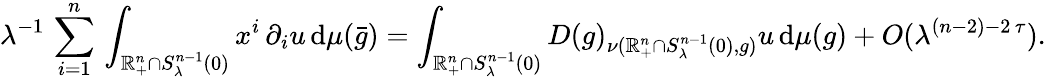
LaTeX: \lambda^{-1}\, \sum_{i=1}^{n}\, \int_{\mathbb{R}_{+}^{n}\cap S_{\lambda}^{n-1}(0)}x^{i}\, \partial_{i}u\, \mathrm{d}\mu(\bar{g})=\int_{\mathbb{R}_{+}^{n}\cap S_{\lambda}^{n-1}(0)}D(g)_{\nu(\mathbb{R}_{+}^{n}\cap S_{\lambda}^{n-1}(0),g)}u\, \mathrm{d}\mu(g)+O(\lambda^{(n-2)-2\, \tau}).